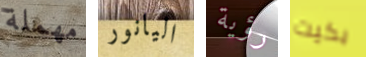
مهملة اليانور رؤية بكيت